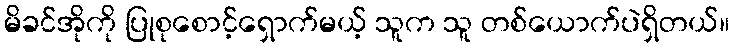
မိခင်အိုကို ပြုစုစောင့်ရှောက်မယ့် သူက သူ တစ်ယောက်ပဲရှိတယ်။